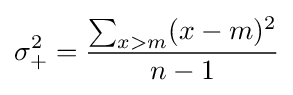
\sigma _{+}^{2}={\frac {\sum _{x>m}(x-m)^{2}}{n-1}}